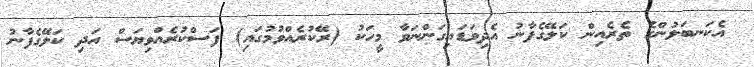
އެކަނބަލުންގެ ތެރެއިން ކަލޭގެފާނު އެދިވަޑައިގަންނަވާ މީހަކު (ރޭކުރެއްވުމުގައި) ފަސްކުރެއްވިޔަސް އަދި ކަލޭގެފާނު